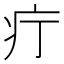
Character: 疔